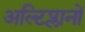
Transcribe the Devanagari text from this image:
अल्टिप्लानों